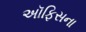
અૉફિસના